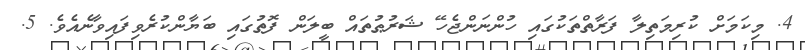
4. މިކަމަށް ކުރިމަތިލާ ފަރާތްތަކުގައި ހުންނަންޖެހޭ ޝަރުޠުތައް ބީލަން ފޮތުގައި ބަޔާންކުރެވިފައިވާނެއެވެ. 5.